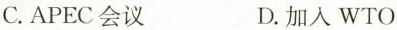
C.APEC会议 D.加入WTO